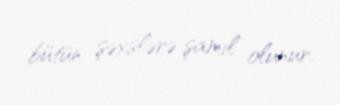
bütün şəxslərə şamil olunur.